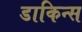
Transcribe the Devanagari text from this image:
डाकिन्स